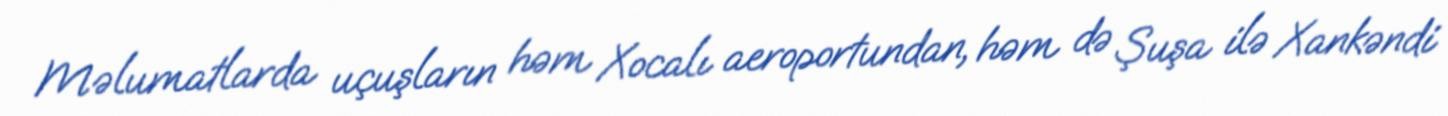
Məlumatlarda uçuşların həm Xocalı aeroportundan, həm də Şuşa ilə Xankəndi